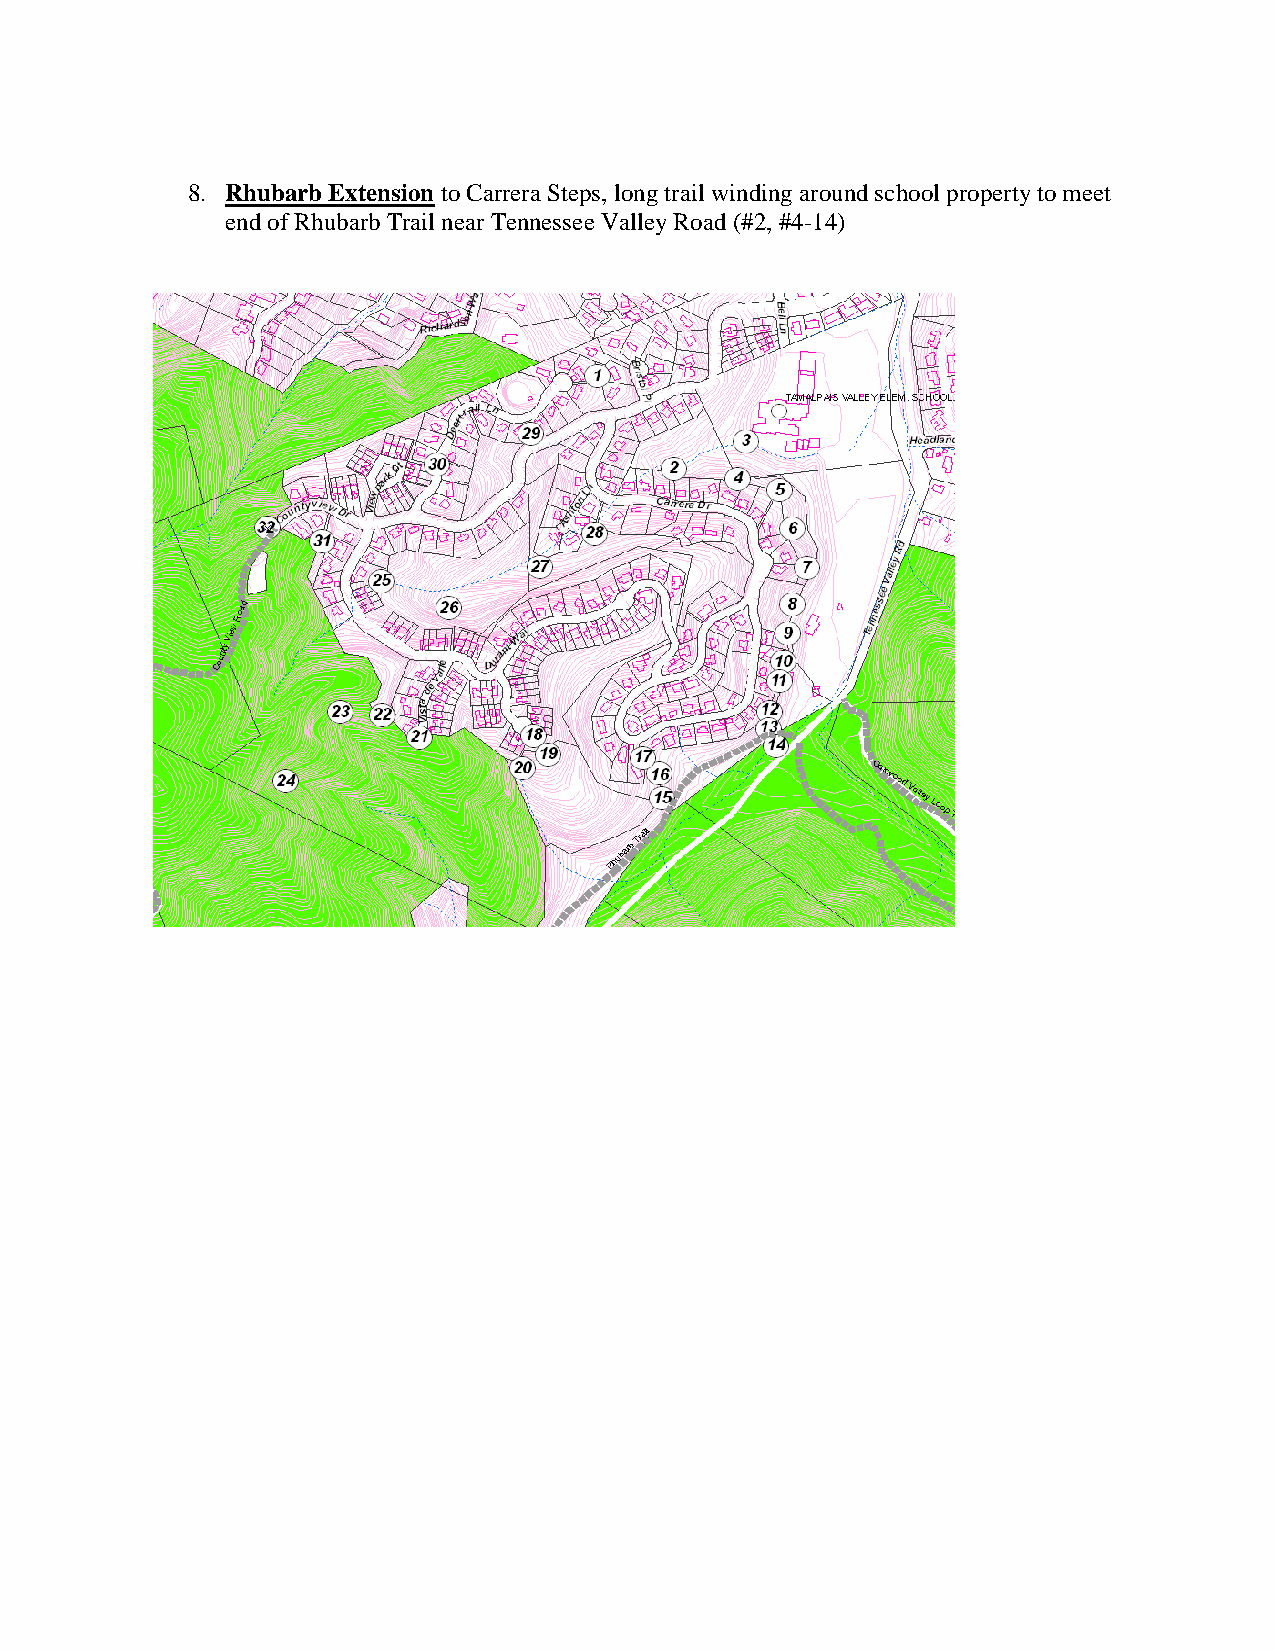
8. Rhubarb Extension to Carrera Steps, long trail winding around school property to meet
 end of Rhubarb Trail near Tennessee Valley Road (#2, #4-14)